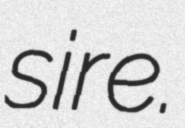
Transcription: sire.